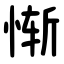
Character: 惭